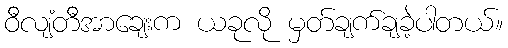
ဝီလျံတီအာချေးက ယခုလို မှတ်ချက်ချခဲ့ပါတယ်။